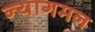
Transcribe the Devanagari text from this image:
न्यागमन